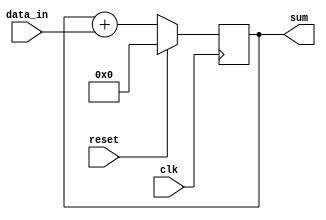
module accumulator(
    input signed [15:0] data_in,
    input wire clk,
    input wire reset,
    output wire signed [31:0] sum
);

reg signed [31:0] sum_reg;

always @(posedge clk) begin
    if (reset) begin
        sum_reg <= 32'b0;
    end else begin
        sum_reg <= sum_reg + data_in;
    end
end

assign sum = sum_reg;

endmodule